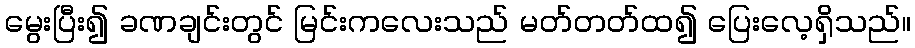
မွေးပြီး၍ ခဏချင်းတွင် မြင်းကလေးသည် မတ်တတ်ထ၍ ပြေးလေ့ရှိသည်။